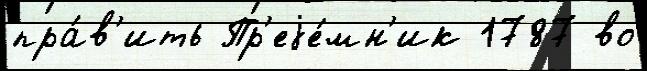
пра́в'ить Пр'еjе́мн'ик 1787 во